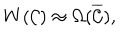
W ( { \cal C } ) \approx \Omega ( \overline { { { \cal C } } } ) ,